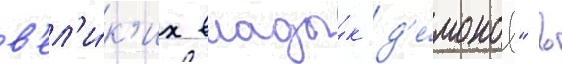
в'ел'и́к'их влады́к д'е́монов" в